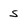
Character: s